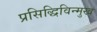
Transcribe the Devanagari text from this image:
प्रसिद्धिविन्मुख